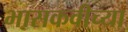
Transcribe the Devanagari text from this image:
भासकवीच्या